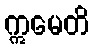
ဣမေတိ